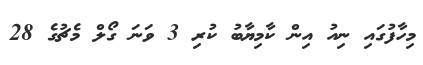
މިހާފުގައި ނިއު އިން ކާމިޔާބު ކުރި 3 ވަނަ ގޯލް މެޗުގެ 28